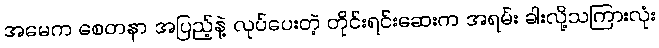
အမေက စေတနာ အပြည့်နဲ့ လုပ်ပေးတဲ့ တိုင်းရင်းဆေးက အရမ်း ခါးလို့သကြားလုံး